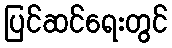
ပြင်ဆင်ရေးတွင်